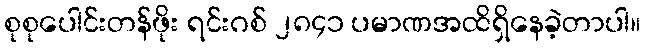
စုစုပေါင်းတန်ဖိုး ရင်းဂစ် ၂၈၄၁ ပမာဏအထိရှိနေခဲ့တာပါ။